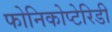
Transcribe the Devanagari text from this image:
फोनिकोप्टेरिडी